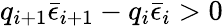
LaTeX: q_{i+1}\bar{\epsilon}_{i+1}-q_{i}\bar{\epsilon}_{i}>0